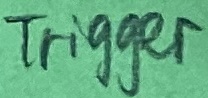
Text: Trigger